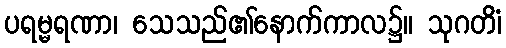
ပရမ္မရဏာ၊ သေသည်၏နောက်ကာလ၌။ သုဂတိံ၊